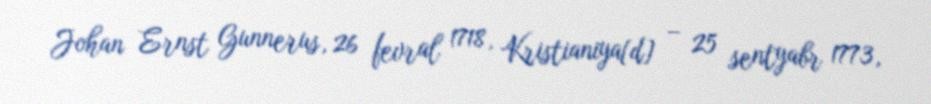
Johan Ernst Gunnerus, 26 fevral 1718, Kristianiya[d] – 25 sentyabr 1773,